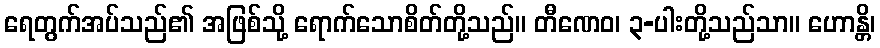
ရေတွက်အပ်သည်၏ အဖြစ်သို့ ရောက်သောစိတ်တို့သည်။ တီဏေဝ၊ ၃-ပါးတို့သည်သာ။ ဟောန္တိ၊